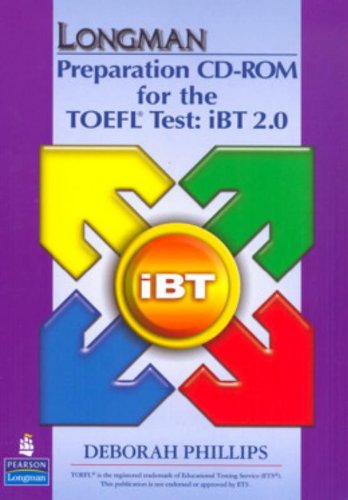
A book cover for Longman Preparation Course for the TOEFL Test: iBT: CD-ROM only (2nd Edition); Deborah Phillips; Test Preparation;